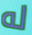
له